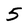
Character: 5